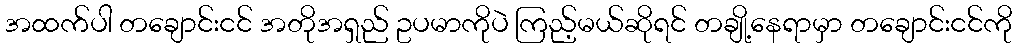
အထက်ပါ တချောင်းငင် အတိုအရှည် ဥပမာကိုပဲ ကြည့်မယ်ဆိုရင် တချို့နေရာမှာ တချောင်းငင်ကို